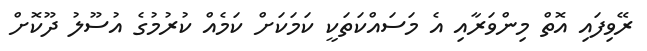
ރޭވިފައި އޮތް މިންވަރާއި އެ މަސައްކަތަކީ ކަމަކަށް ކަމެއް ކުރުމުގެ އުސޫލު ދޫކޮށް